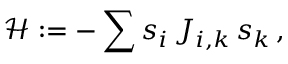
{ \mathcal { H } } : = - \sum s _ { i } \, J _ { i , k } \, s _ { k } \, ,